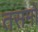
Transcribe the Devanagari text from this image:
तसमों